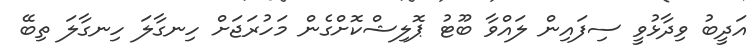
އަދީބު ވިދާޅުވީ ސިފައިން ލައްވާ ބޫޓު ޕޮލިޝްކޮށްގެން މަހުރަޖަށް ހިނގާލަ ހިނގާލަ ތިބޭ